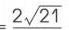
\(=2\sqrt{21}\)